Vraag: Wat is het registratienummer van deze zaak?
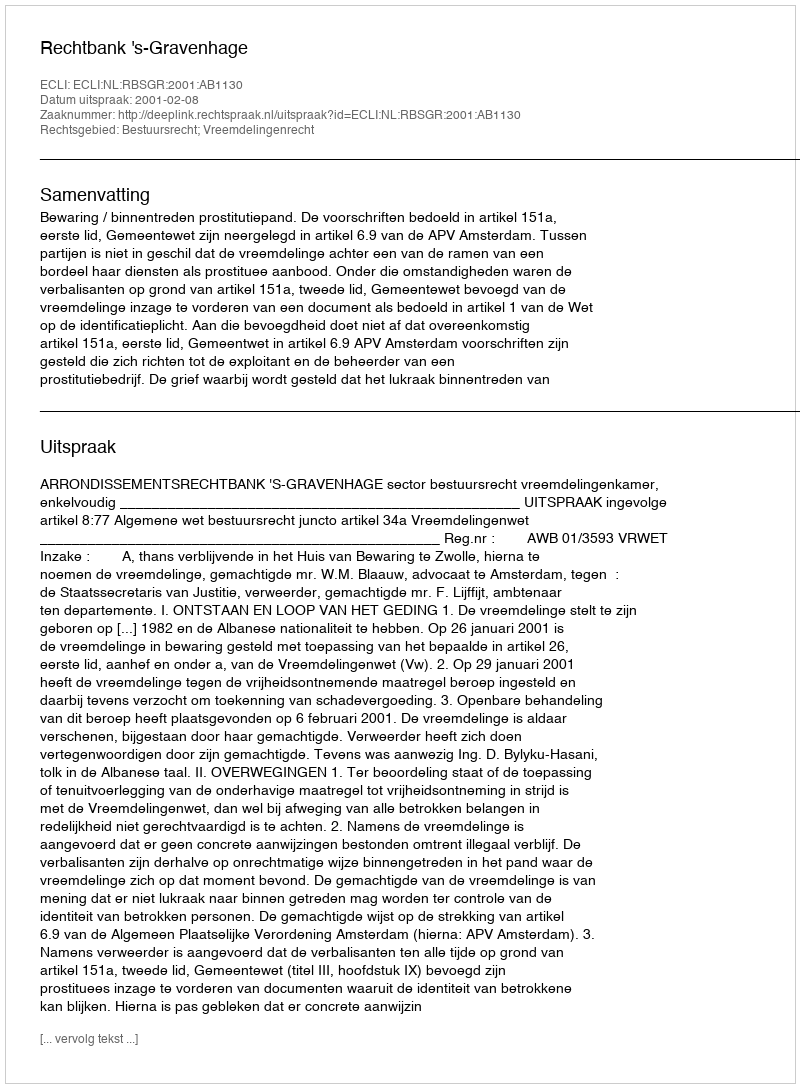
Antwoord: http://deeplink.rechtspraak.nl/uitspraak?id=ECLI:NL:RBSGR:2001:AB1130